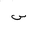
Letter: _sin